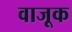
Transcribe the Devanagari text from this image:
वाजूक